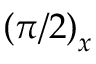
\left( \pi / 2 \right) _ { x }